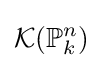
{\mathcal {K}}(\mathbb {P} _{k}^{n})